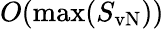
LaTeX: O(\operatorname*{max}(S_{\mathrm{vN}}))